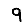
Digit: 9